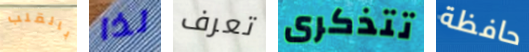
بالقلب لذا تعرف تتذكرى حافظة